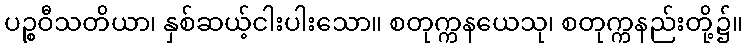
ပဉ္စဝီသတိယာ၊ နှစ်ဆယ့်ငါးပါးသော။ စတုက္ကနယေသု၊ စတုက္ကနည်းတို့၌။